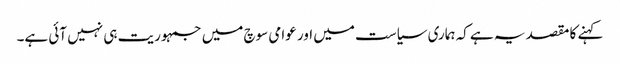
کہنے کا مقصد یہ ہے کہ ہماری سیاست میں اور عوامی سوچ میں جمہوریت ہی نہیں آئی ہے۔